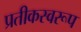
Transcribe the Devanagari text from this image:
प्रतीकस्वरूप